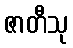
ဇာတီသု